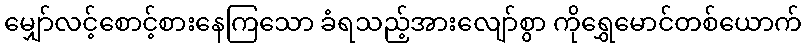
မျှော်လင့်စောင့်စားနေကြသော ခံရသည့်အားလျော်စွာ ကိုရွှေမောင်တစ်ယောက်